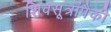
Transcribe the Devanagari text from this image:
शिवसूत्रांपैकी